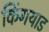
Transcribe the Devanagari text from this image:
किंगयाड